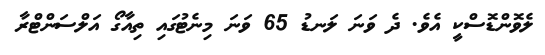
ލެވޮންޑޮސްކީ އެވެ. ދެ ވަނަ ލަނޑު 65 ވަނަ މިނެޓުގައި ތިއާގޯ އަލްސަންޓްރާ